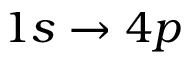
1 s \to 4 p